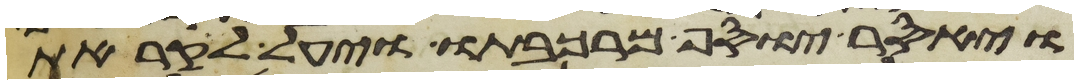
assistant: ויאסר יוסף מרכבתו ויעל לקראת